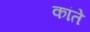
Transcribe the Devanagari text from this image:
कांते